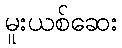
မူးယစ်ဆေး